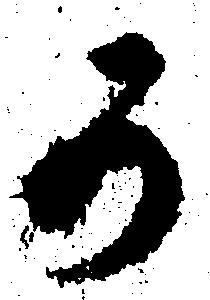
可